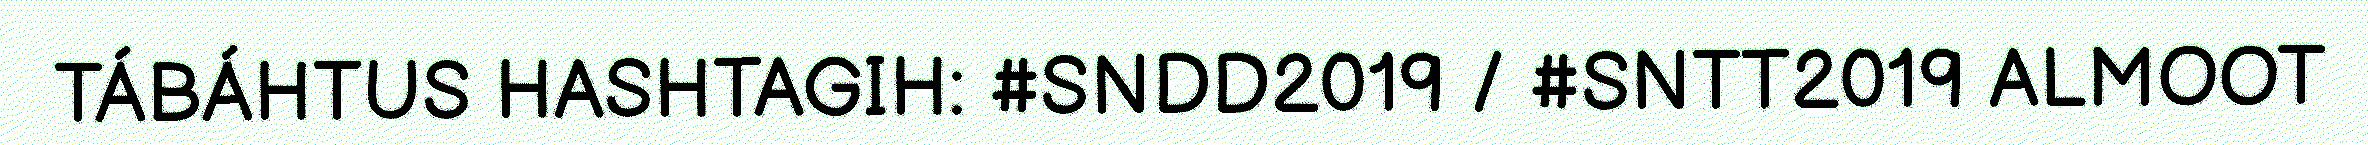
TÁBÁHTUS HASHTAGIH: #SNDD2019 / #SNTT2019 ALMOOT